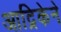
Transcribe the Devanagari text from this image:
आद्रिकेने